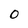
Character: 0